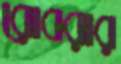
রোবরার